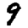
Digit: 9